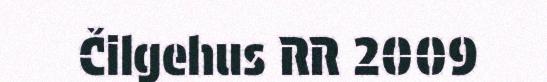
Čilgehus RR 2009